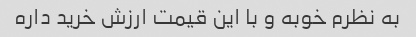
به نظرم خوبه و با این قیمت ارزش خرید داره